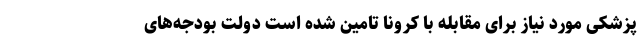
پزشکی مورد نیاز برای مقابله با کرونا تامین شده است دولت بودجه‌های